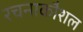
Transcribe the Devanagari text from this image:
रचनाकौशल